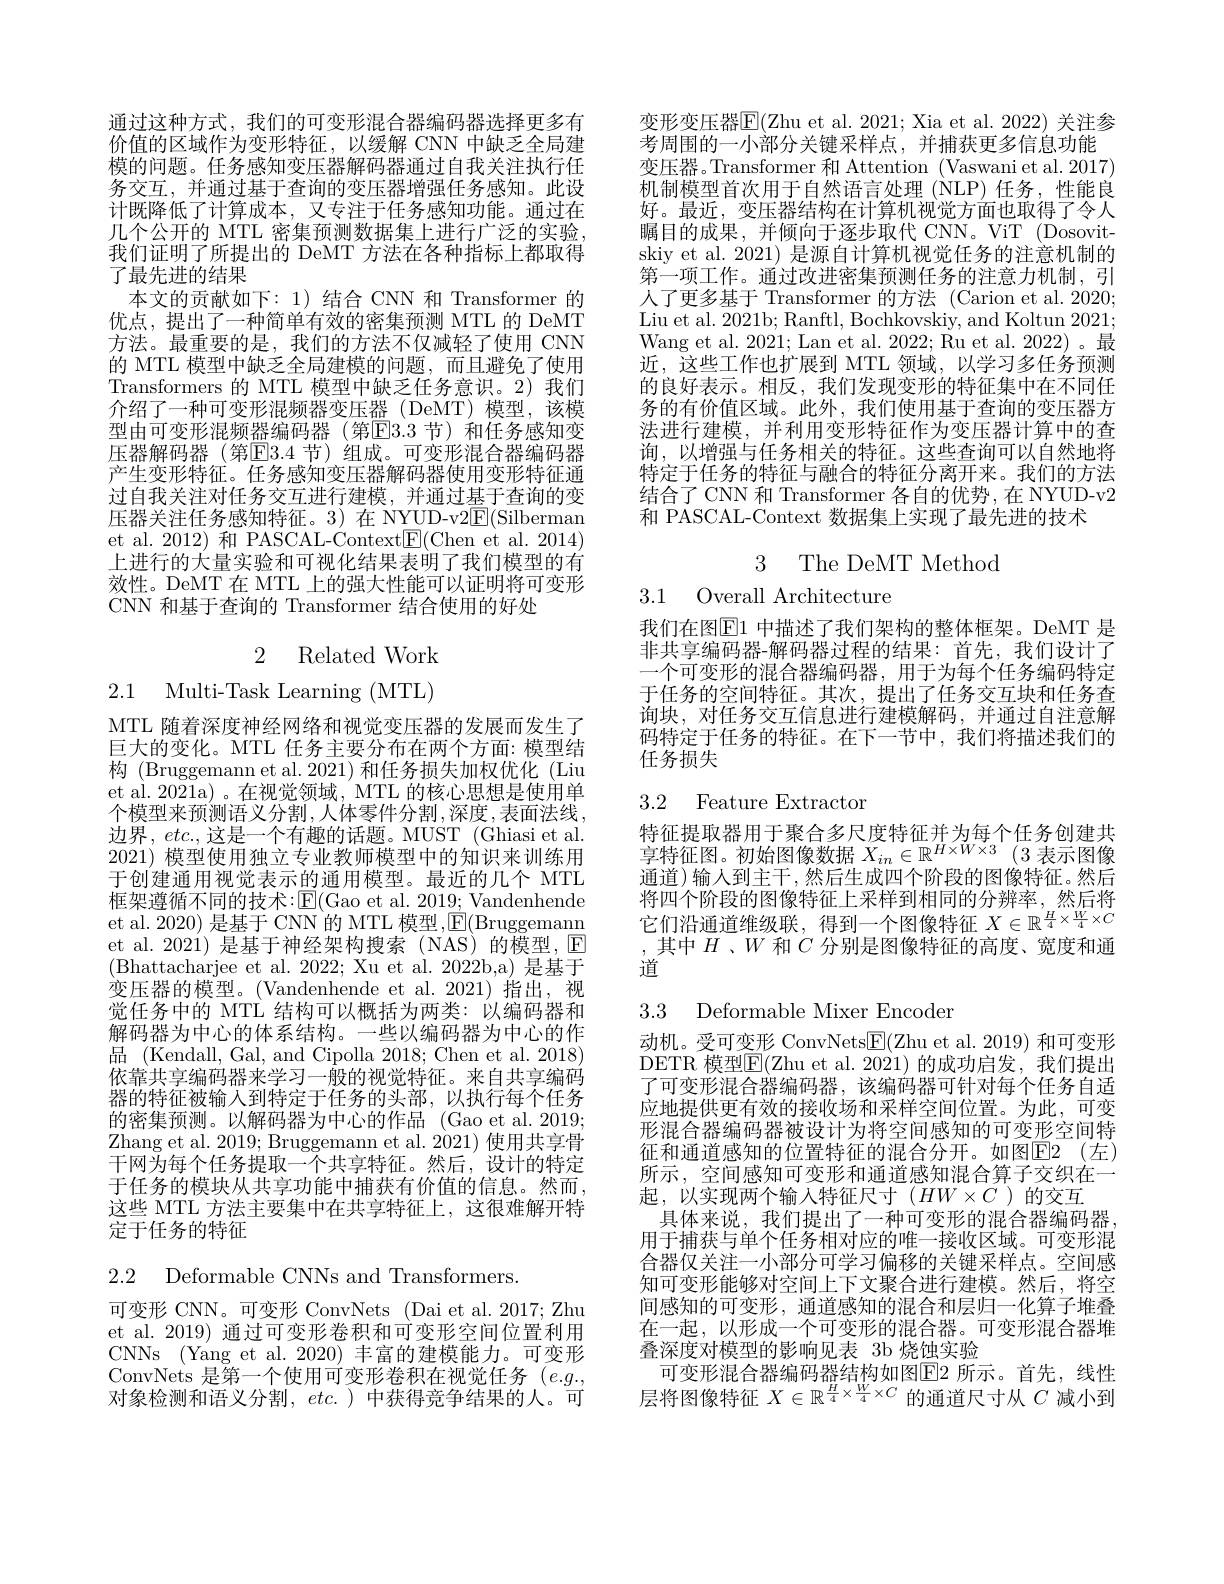
通过这种方式，我们的可变形混合器编码器选择更多有价值的区域作为变形特征，以缓解 CNN 中缺乏全局建模的问题。任务感知变压器解码器通过自我关注执行任务交互，并通过基于查询的变压器增强任务感知。此设计既降低了计算成本，又专注于任务感知功能。通过在几个公开的 MTL 密集预测数据集上进行广泛的实验， 我们证明了所提出的 DeMT 方法在各种指标上都取得了最先进的结果
本文的贡献如下：1)结合 CNN 和 Transformer 的优点，提出了一种简单有效的密集预测 MTL 的 DeMT 方法。最重要的是，我们的方法不仅减轻了使用 CNN 的 MTL 模型中缺乏全局建模的问题，而且避免了使用Transformers 的 MTL 模型中缺乏任务意识。2)我们介绍了一种可变形混频器变压器 (DeMT)模型，该模型由可变形混频器编码器(第E3.3 节)和任务感知变压器解码器(第E3.4 节)组成。可变形混合器编码器产生变形特征。任务感知变压器解码器使用变形特征通过自我关注对任务交互进行建模，并通过基于查询的变压器关注任务感知特征。3)在 NYUD-v2E(Silberman et al. 2012) 和 PASCAL-Context$\underline{\mathrm{E}}($Chen et al. 2014) 上进行的大量实验和可视化结果表明了我们模型的有效性。DeMT 在 MTL 上的强大性能可以证明将可变形CNN 和基于查询的 Transformer 结合使用的好处

2 Related Work

2.1 Multi-Task Learning (MTL)

MTL 随着深度神经网络和视觉变压器的发展而发生了巨大的变化。MTL 任务主要分布在两个方面：模型结构 (Bruggemann et al. 2021) 和任务损失加权优化 (Liu et al. 2021a) 。在视觉领域，MTL 的核心思想是使用单个模型来预测语义分割，人体零件分割，深度，表面法线， 边界，$etc.$,这是一个有趣的话题。MUST (Ghiasi et al. 2021)模型使用独立专业教师模型中的知识来训练用于创建通用视觉表示的通用模型。最近的几个 MTL 框架遵循不同的技术：$\operatorname{E}($Gao et al. 2019; Vandenhende et al. 2020) 是基于 CNN 的 MTL 模型$,\boxed{\mathrm{F}}($Bruggemann et al. 2021) 是基于神经架构搜索(NAS)的模型，$\overline{\mathrm{E}}$ (Bhattacharjee et al.2022; Xu et al.2022b,a)是基于变压器的模型。(Vandenhende et al.2021)指出，视觉任务中的 MTL 结构可以概括为两类：以编码器和解码器为中心的体系结构。一些以编码器为中心的作品 (Kendall, Gal, and Cipolla 2018; Chen et al. 2018) 依靠共享编码器来学习一般的视觉特征。来自共享编码器的特征被输入到特定于任务的头部，以执行每个任务的密集预测。以解码器为中心的作品 (Gao et al. 2019; Zhang et al. 2019; Bruggemann et al. 2021) 使用共享骨$\bar{\text{干网为每个任务提取一个共享特征。然后，设计的特定}}$ 于任务的模块从共享功能中捕获有价值的信息。然而， 这些 MTL 方法主要集中在共享特征上，这很难解开特定于任务的特征

2.2 Deformable CNNs and Transformers.

可变形 CNN。可变形 ConvNets (Dai et al.2017; Zhu et al. 2019) 通过可变形卷积和可变形空间位置利用CNNs (Yang et al. 2020) 丰富的建模能力。可变形ConvNets 是第一个使用可变形卷积在视觉任务$(e.g.$, 对象检测和语义分割，$etc.$ )中获得竞争结果的人。可

变形变压器$\overline{\mathrm{E}}($Zhu et al. 2021; Xia et al. 2022) 关注参
考周围的一小部分关键采样点，并捕获更多信息功能
变压器。Transformer 和 Attention (Vaswani et al.2017) 机制模型首次用于自然语言处理(NLP)任务，性能良好。最近，变压器结构在计算机视觉方面也取得了令人瞩目的成果，并倾向于逐步取代 CNN。ViT (Dosovitskiy et al. 2021) 是源自计算机视觉任务的注意机制的第一项工作。通过改进密集预测任务的注意力机制，引人了更多基于 Transformer 的方法 (Carion et al.2020; Liu et al. 2021b; Ranftl, Bochkovskiy, and Koltun 2021; Wang et al. 2021; Lan et al. 2022; Ru et al. 2022)。最近，这些工作也扩展到 MTL 领域，以学习多任务预测的良好表示。相反，我们发现变形的特征集中在不同任务的有价值区域。此外，我们使用基于查询的变压器方法进行建模，并利用变形特征作为变压器计算中的查询，以增强与任务相关的特征。这些查询可以自然地将特定于任务的特征与融合的特征分离开来。我们的方法结合了CNN 和 Transformer 各自的优势，在 NYUD-v2和 PASCAL-Context 数据集上实现了最先进的技术

3 The DeMT Method

3.1 Overall Architecture

我们在图$\boxed{\mathrm{E}}1$ 中描述了我们架构的整体框架。DeMT 是非共享编码器-解码器过程的结果：首先，我们设计了一个可变形的混合器编码器，用于为每个任务编码特定于任务的空间特征。其次，提出了任务交互块和任务查询块，对任务交互信息进行建模解码，并通过自注意解码特定于任务的特征。在下一节中，我们将描述我们的任务损失

# 3.2 Feature Extractor

特征提取器用于聚合多尺度特征并为每个任务创建共享特征图。初始图像数据$X_in\in\mathbb{R}^{H\times W\times3}$ (3 表示图像通道)输入到主干，然后生成四个阶段的图像特征。然后将四个阶段的图像特征上采样到相同的分辨率，然后将它们沿通道维级联，得到一个图像特征$X\in\mathbb{R}^{\frac H4\times\frac W4\times C}$ ,其中$H$ 、$W$和$C$分别是图像特征的高度、宽度和通道

## 3.3 Deformable Mixer Encoder

动机。受可变形 ConvNets$\underline{\mathrm{E}}($Zhu et al. 2019) 和可变形DETR 模型$\overline{\mathrm{E}}($Zhu et al.2021)的成功启发，我们提出了可变形混合器编码器，该编码器可针对每个任务自适应地提供更有效的接收场和采样空间位置。为此，可变形混合器编码器被设计为将空间感知的可变形空间特征和通道感知的位置特征的混合分开。如图$\boxed{\mathrm{E} }2$ $( 左 )$ 所示，空间感知可变形和诵道感知混合算子交织在一起，以实现两个输入特征尺寸($HW\times C$ )的交互
具体来说，我们提出了一种可变形的混合器编码器用于捕获与单个任务相对应的唯一接收区域。可变形混合器仅关注一小部分可学习偏移的关键采样点。空间感知可变形能够对空间上下文聚合进行建模。然后，将空间感知的可变形，通道感知的混合和层归一化算子堆叠在一起，以形成一个可变形的混合器。可变形混合器堆叠深度对模型的影响见表 3b 烧蚀实验
可变形混合器编码器结构如图$\boxed{\mathrm{E}}2$ 所示。首先，线性层将图像特征$X\in\mathbb{R}^{\frac H4\times\frac W4\times C}$的通道尺寸从$C$减小到